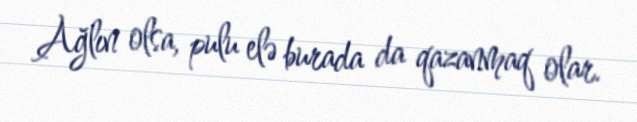
Ağlın olsa, pulu elə burada da qazanmaq olar.